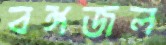
বঙ্গজল